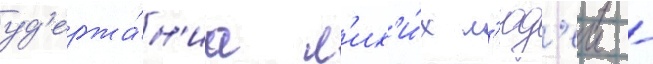
уд'ержа́н'иа л'их'и́х л'юд'еи -